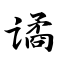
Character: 谲